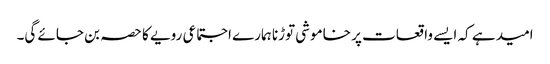
امید ہے کہ ایسے واقعات پر خاموشی توڑنا ہمارے اجتماعی رویے کا حصہ بن جائے گی۔